system: You are a helpful assistant.
user:
Analyze the provided spectrum to determine if it is a **Carbon Star (C-type)**.

- **Key Visual Indicators of Carbon Star:**
    - **(Primary):** Strong molecular absorption from **C₂ (diatomic carbon) "Swan Bands."** This is the **defining feature** of a carbon star.
        - **(Key Bandheads):** Sharp absorption edges are visible at approximately $5635$ Å, $5165$ Å (the strongest band), and $4737$ Å.
        - **(Line Profile):** Creates a distinct **"saw-tooth"** pattern. The key morphology is a sharp, steep bandhead on the **red (long-wavelength) side**, which then gradually tapers off (i.e., flux recovers) towards the **blue (short-wavelength) side**. *(This is the direct opposite of the TiO bands seen in M-type stars)*.

    - **(Secondary):** Intense **CN (cyanogen)** molecular absorption bands.
        - **(Key Bandheads):** Located in the blue and violet regions of the spectrum (e.g., near $4215$ Å and $3883$ Å).
        - **(Morphology):** These bands are extremely broad and act as a "blanket," absorbing the vast majority of blue and violet light. This creates a characteristic **"cliff"** or **"steep drop-off"** in the spectrum's flux at short wavelengths.

    - **(Key Confirmation):** Strong **CH absorption band (G-band)**.
        - **(Key Bandhead):** Located around $4300$ Å. The contribution from CH molecules to this band is exceptionally strong.

    - **(Overall Spectrum):**
        - The continuum is severely "chopped up" by these deep molecular bands, especially C₂, rather than appearing as a smooth curve.
        - Due to the heavy CN and C₂ absorption in the blue-green, the vast majority of the star's flux is concentrated in the red part of the spectrum, giving the star its characteristic deep red color.

Think first, call **spectral_visualization_tool** if needed to examine features in detail, then provide your final answer. Your response must adhere to the following strict rules:
1.  **Overall Structure:** Your response must follow the format `<think>...</think> <tool_call>...</tool_call> (if a tool is used) <answer>...</answer>`.
2.  **Tool Usage Constraint:** You may only make **one** tool call per turn.
3.  **Final Answer Format:** In the `<answer>` tag, your conclusion must be inside a `\boxed{}` command (e.g., `\boxed{YES}`), followed by your justification.

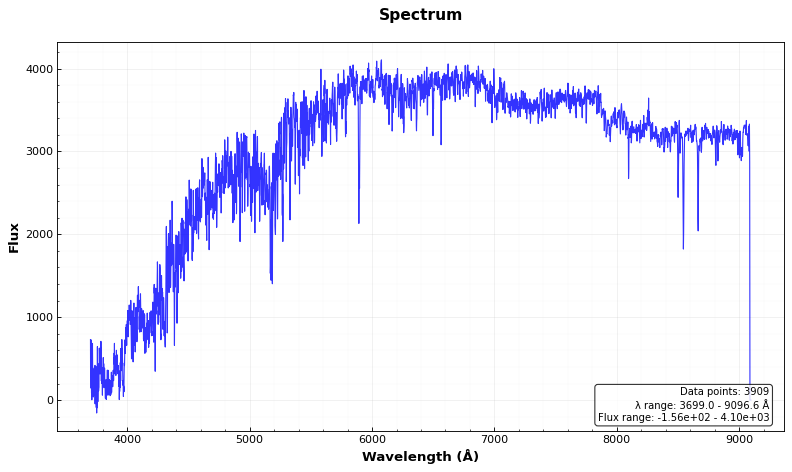
Answer: NO